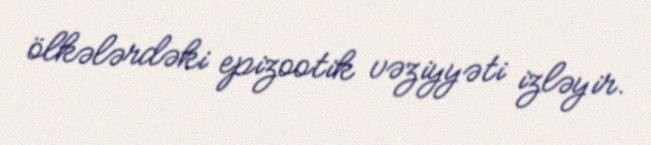
ölkələrdəki epizootik vəziyyəti izləyir.